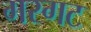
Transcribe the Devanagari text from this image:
गरगट